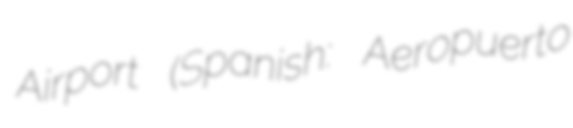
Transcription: Airport (Spanish: Aeropuerto